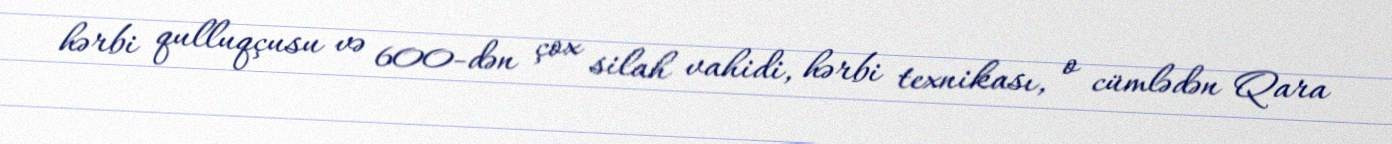
hərbi qulluqçusu və 600-dən çox silah vahidi, hərbi texnikası, o cümlədən Qara